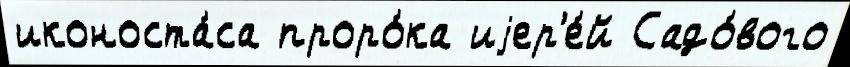
иконоста́са проро́ка иjер'е́й Садо́вого